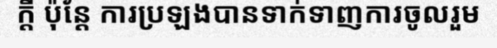
ក្តី ប៉ុន្តែ ការប្រឡងបានទាក់ទាញការចូលរួម